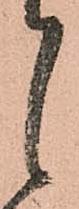
候